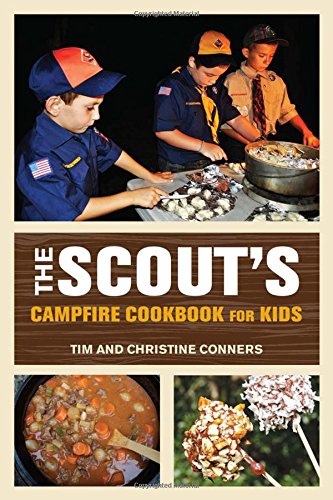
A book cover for Scout's Campfire Cookbook for Kids (Falcon Guides); Christine Conners; Cookbooks, Food & Wine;